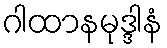
ဂါထာနမုဒ္ဒါနံ